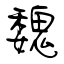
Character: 魏